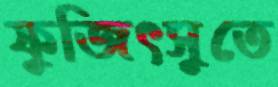
ফুজিৎসুতে